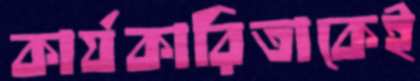
কার্যকারিতাকেই